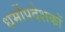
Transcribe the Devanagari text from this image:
धर्मोपदेशकों